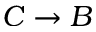
C \rightarrow B